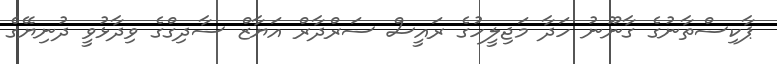
ޕާކިސްތާނުގެ ގާނޫނު ހަދާ މަޖިލީހުގެ ރައީސް ސަރްދާރް އަޔާޒް ސާދިގްގެ ވިދާޅުވީ ދުނިޔޭގެ